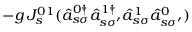
- g \, J _ { s } ^ { 0 1 } ( \hat { a } _ { s \sigma } ^ { 0 \dagger } \hat { a } _ { s \sigma ^ { \prime } } ^ { 1 \dagger } \hat { a } _ { s \sigma } ^ { 1 } \hat { a } _ { s \sigma ^ { \prime } } ^ { 0 } )